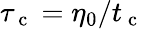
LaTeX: \tau_{\mathrm{~c~}}=\eta_{0}/t_{\mathrm{~c~}}